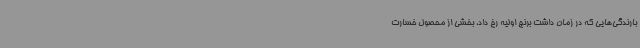
بارندگی‌هایی که در زمان داشت برنج اولیه رخ داد، بخشی از محصول خسارت